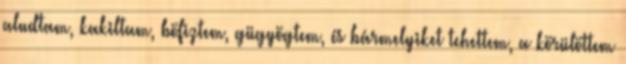
aludtam, kakiltam, böfiztem, gügyögtem, és bármelyiket tehettem, a körülöttem